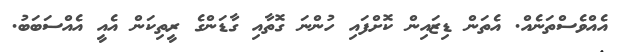
އެއްވެސްތަނެއް. އެތަން ޑިޒައިން ކޮށްފައި ހުންނަ ގޮތާއި ގާޑަންގެ ރީތިކަން އެއީ އެއްސަބަބު.